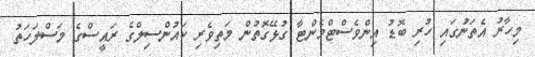
މިހާރު އެތަނުގައި ހުރި ބޮޑު އިންވެސްޓްމެންޓާ ގުޅޭގޮތުން މަތިވެރި ކައުންސިލްގެ ރައީސްގެ މަސްލަހަތު